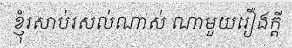
ខ្ញុំរសាប់រសល់ណាស់ ណាមួយរឿងក្តី